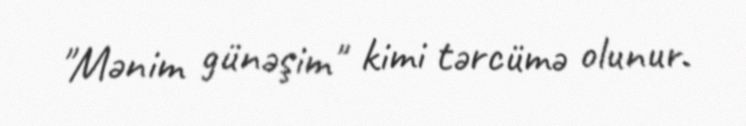
"Mənim günəşim" kimi tərcümə olunur.